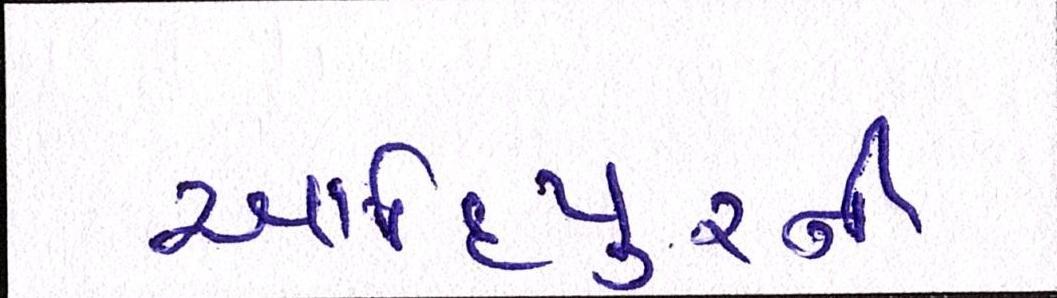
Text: આદિપુરની